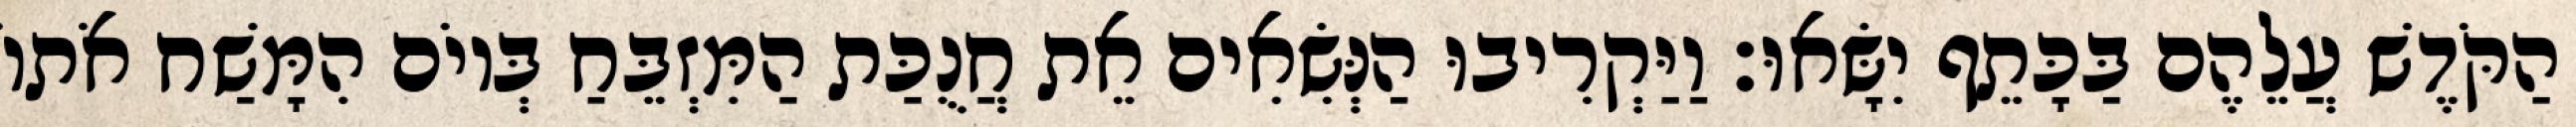
הַקֹּדֶשׁ עֲלֵהֶם בַּכָּתֵף יִשָּׂאוּ׃ וַיַּקְרִיבוּ הַנְּשִׂאִים אֵת חֲנֻכַּת הַמִּזְבֵּחַ בְּיוֹם הִמָּשַׁח אֹתוֹ